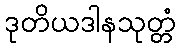
ဒုတိယဒါနသုတ္တံ